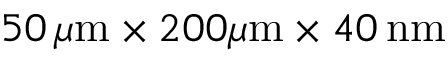
5 0 \, \mu \mathrm { m } \times 2 0 0 \mu \mathrm { m } \times 4 0 \, \mathrm { n m }